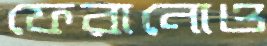
ফেরানোও